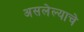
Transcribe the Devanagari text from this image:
असलेल्याचे